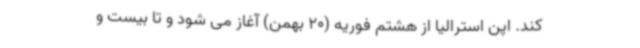
کند. اپن استرالیا از هشتم فوریه (20 بهمن) آغاز می شود و تا بیست و